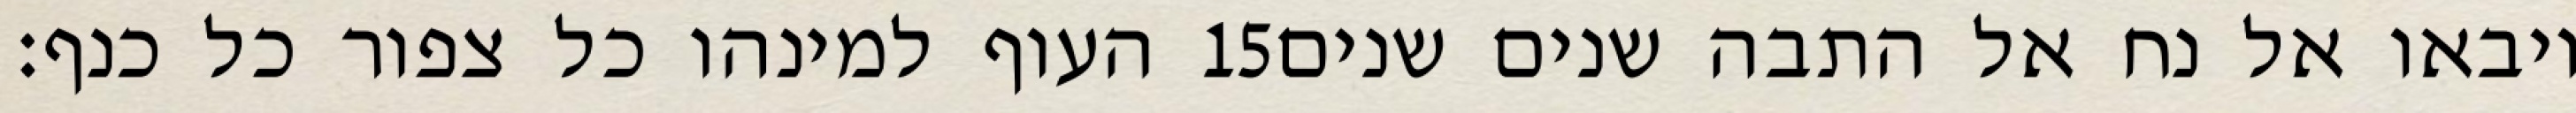
העוף למינהו כל צפור כל כנף׃ ‎15‏ ויבאו אל נח אל התבה שנים שנים